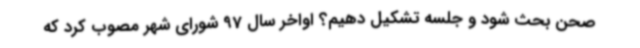
صحن بحث شود و جلسه تشکیل دهیم؟ اواخر سال 97 شورای شهر مصوب کرد که